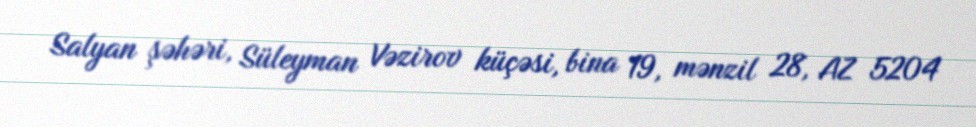
Salyan şəhəri, Süleyman Vəzirov küçəsi, bina 19, mənzil 28, AZ 5204